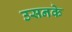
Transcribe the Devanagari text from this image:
उसनके